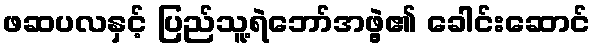
ဖဆပလနှင့် ပြည်သူ့ရဲဘော်အဖွဲ့၏ ခေါင်းဆောင်